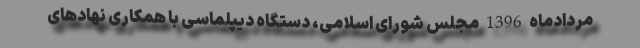
مردادماه 1396 مجلس شورای اسلامی، دستگاه دیپلماسی با همکاری نهادهای